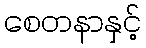
စေတနာနှင့်